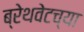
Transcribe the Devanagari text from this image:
ब्रेथवेटच्या